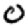
Digit: 0